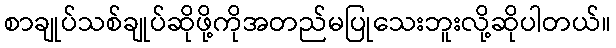
စာချုပ်သစ်ချုပ်ဆိုဖို့ကိုအတည်မပြုသေးဘူးလို့ဆိုပါတယ်။